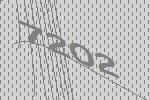
7202